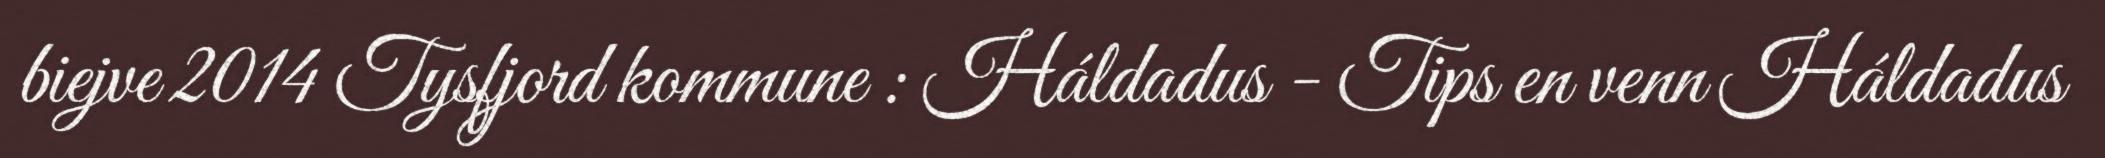
biejve 2014 Tysfjord kommune : Háldadus - Tips en venn Háldadus